Plague in India, 1896, 1897 - Volume 4
Year: 1896
Disease focus: Plague
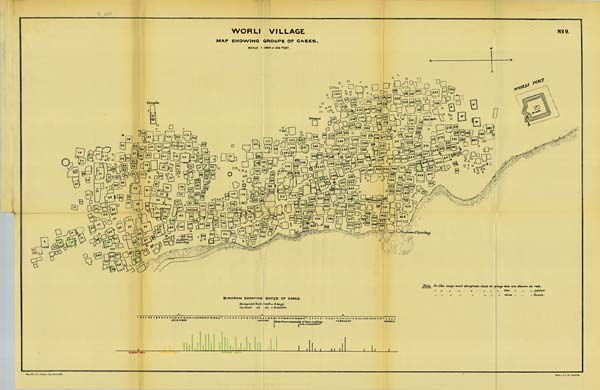
WORLI VILLAGE
MAP SHOWING GROUPS OF CASES.
SCALE 1 INCH = 100 FEET.
No: 9.
Reg. No. 594, Home.—Dec. 97.—1,000.
Photo., S. I. O., Calcutta.